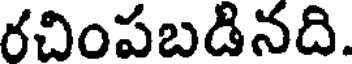
రచింపబడినది.